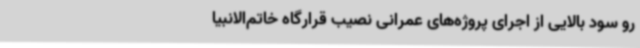
رو سود بالایی از اجرای پروژه‌های عمرانی نصیب قرارگاه خاتم‌الانبیا